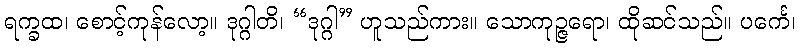
ရက္ခထ၊ စောင့်ကုန်လော့။ ဒုဂ္ဂါတိ၊ “ဒုဂ္ဂါ” ဟူသည်ကား။ သောကုဉ္ဇရော၊ ထိုဆင်သည်။ ပင်္ကေ၊